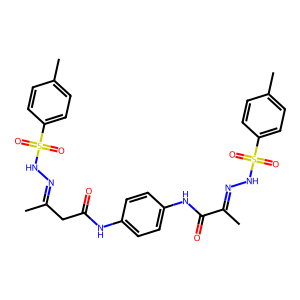
SMILES: CC(CC(=O)Nc1ccc(NC(=O)C(C)=NNS(=O)(=O)c2ccc(C)cc2)cc1)=NNS(=O)(=O)c1ccc(C)cc1
Inhibits HIV replication: No